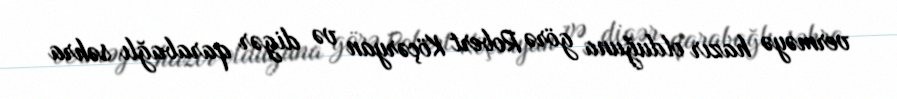
verməyə hazır olduğuna görə Robert Köçəryan və digər qarabağlı səhra